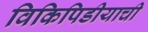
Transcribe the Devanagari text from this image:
विकिपिडीयाची